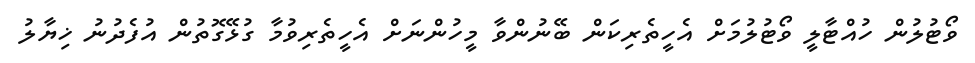
ވޯޓުލުން ހުއްޓާލީ ވޯޓުލުމަށް އެހީތެރިކަން ބޭނުންވާ މީހުންނަށް އެހީތެރިވުމާ ގުޅޭގޮތުން އުފެދުނު ޚިޔާލު